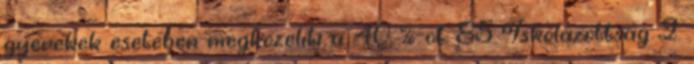
gyerekek esetében megközelíti a 40 %-ot. 85 Iskolázottság 2.